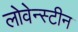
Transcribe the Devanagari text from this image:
लोवेन्स्टीन